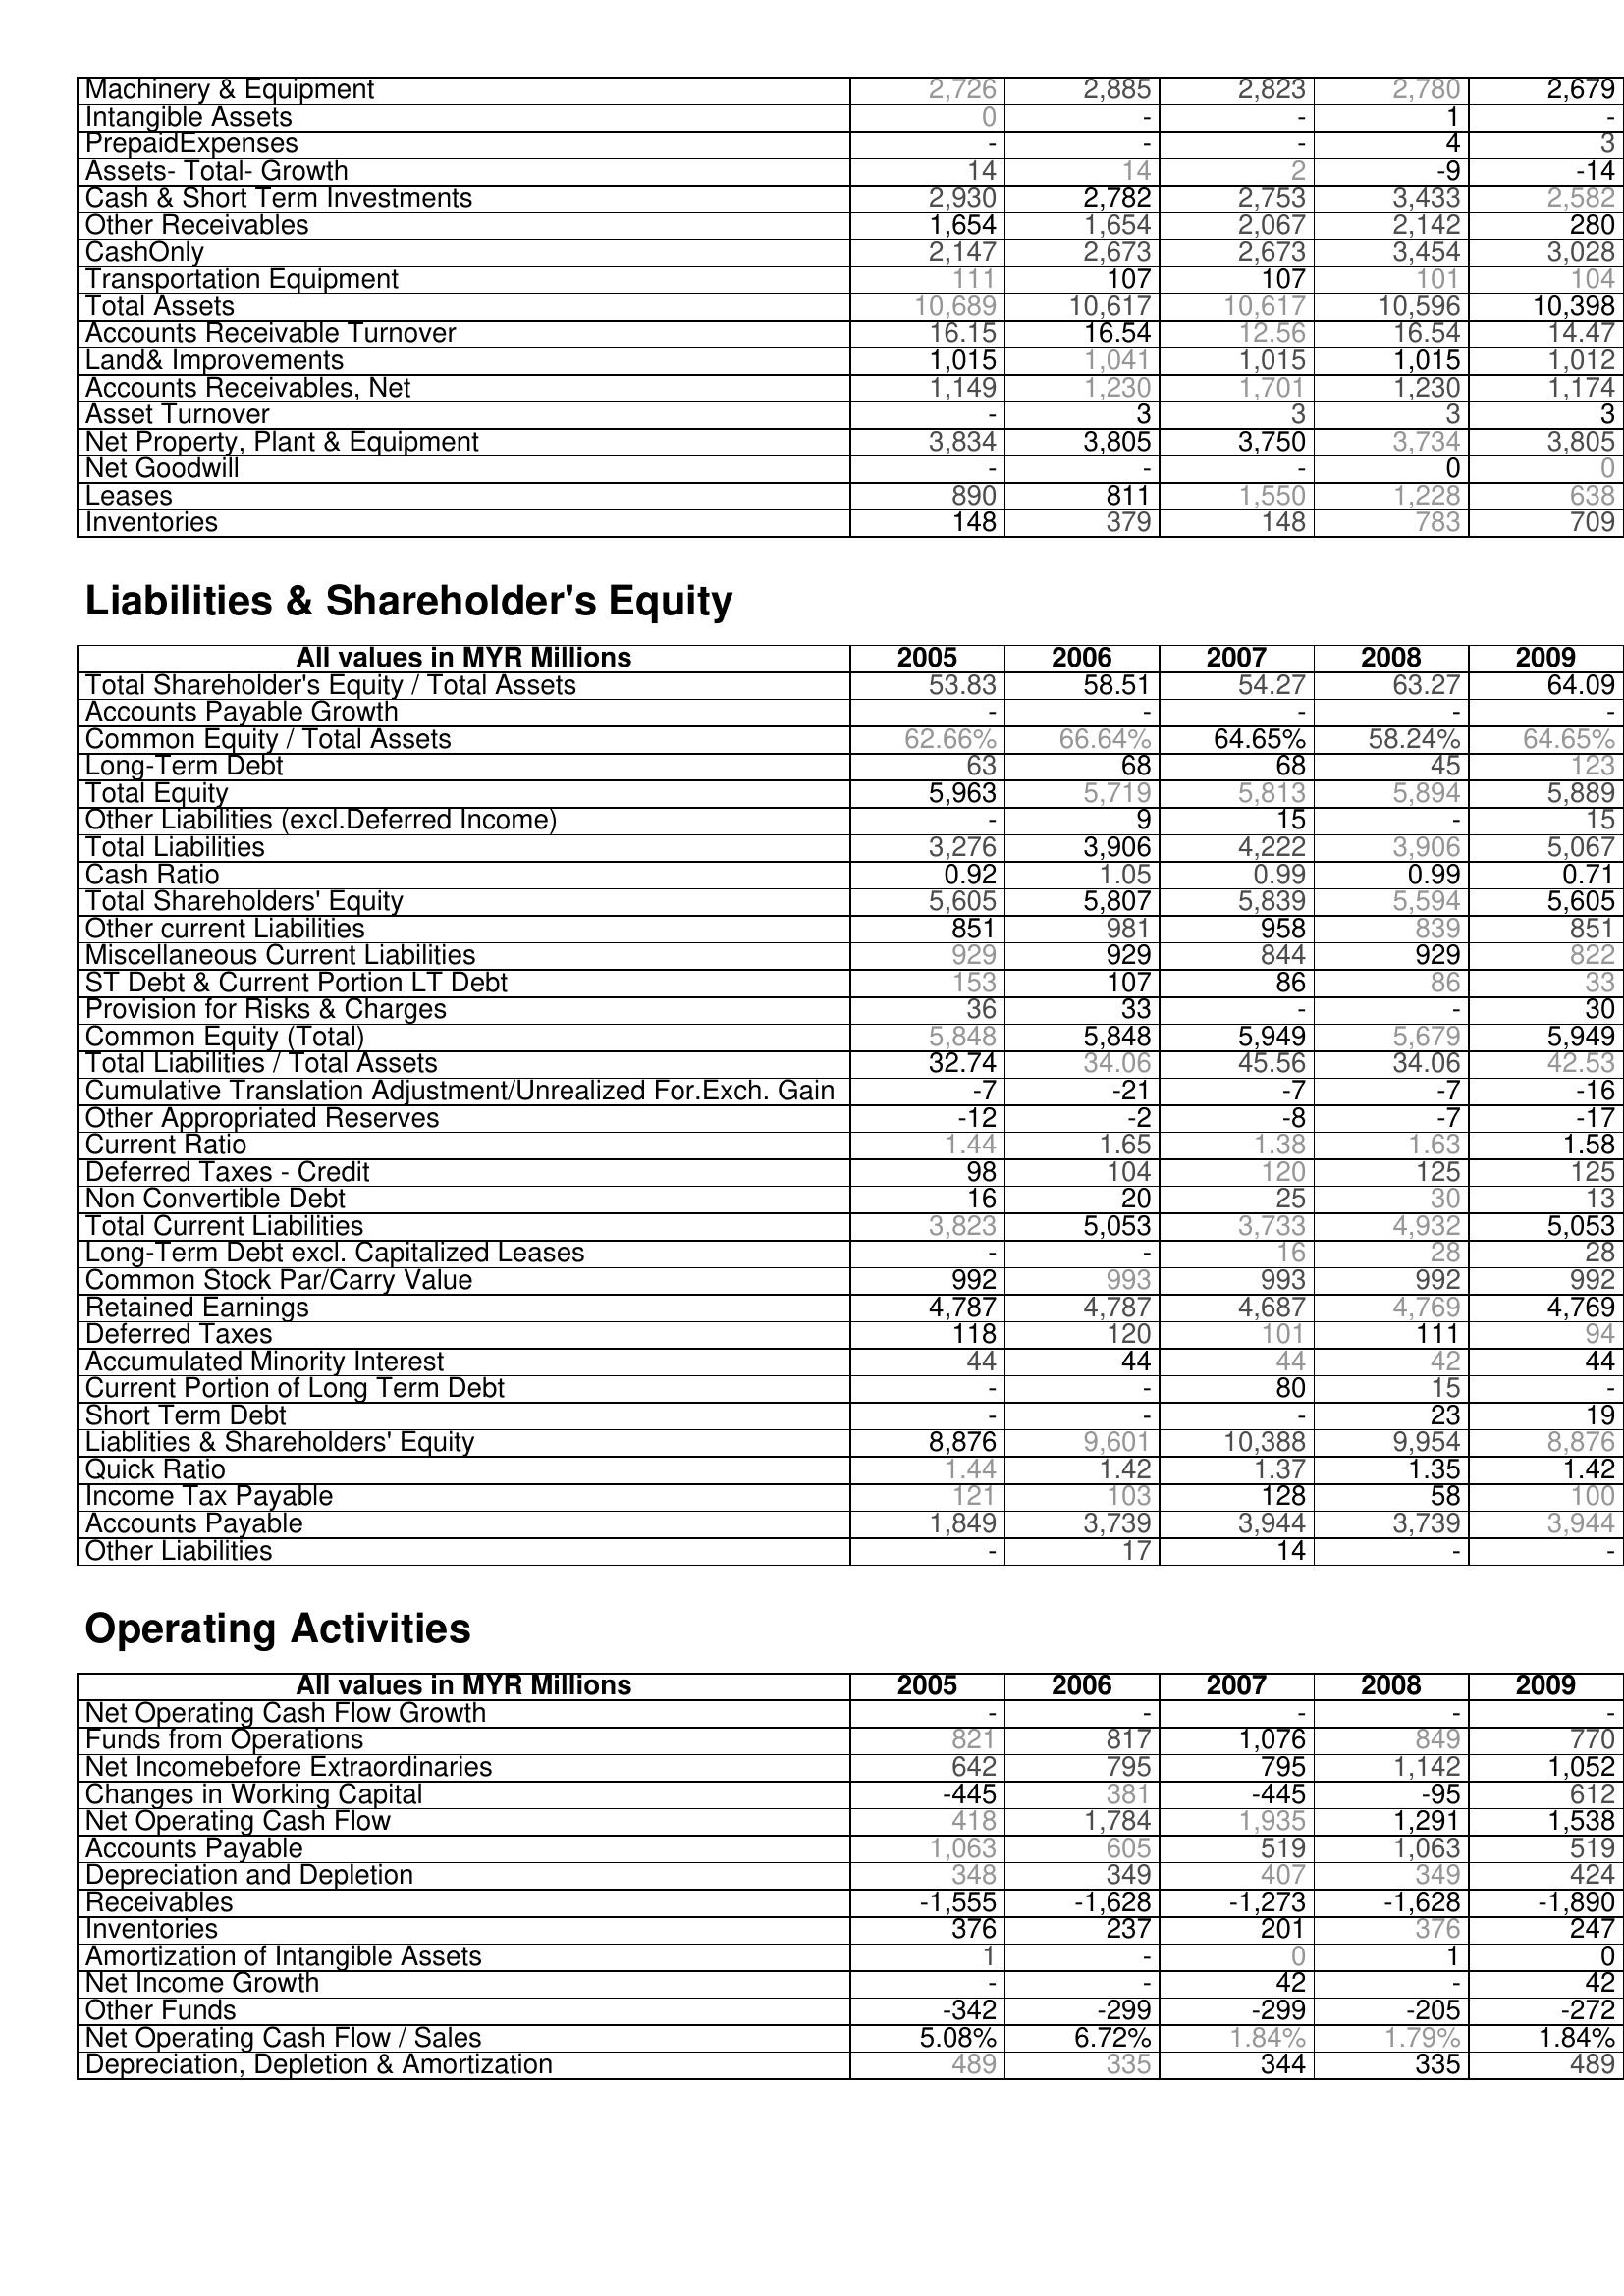
2005: Assets: Machinery & Equipment: 2,726
Intangible Assets: 0
PrepaidExpenses: -
Assets- Total- Growth: 14
Cash & Short Term Investments: 2,930
Other Receivables: 1,654
CashOnly: 2,147
Transportation Equipment: 111
Total Assets: 10,689
Accounts Receivable Turnover: 16.15
Land& Improvements: 1,015
Accounts Receivables, Net: 1,149
Asset Turnover: -
Net Property, Plant & Equipment: 3,834
Net Goodwill: -
Leases: 890
Inventories: 148
Liabilities & Shareholder's Equity: Total Shareholder's Equity / Total Assets: 53.83
Accounts Payable Growth: -
Common Equity / Total Assets: 62.66%
Long-Term Debt: 63
Total Equity: 5,963
Other Liabilities (excl.Deferred Income): -
Total Liabilities: 3,276
Cash Ratio: 0.92
Total Shareholders' Equity: 5,605
Other current Liabilities: 851
Miscellaneous Current Liabilities: 929
ST Debt & Current Portion LT Debt: 153
Provision for Risks & Charges: 36
Common Equity (Total): 5,848
Total Liabilities / Total Assets: 32.74
Cumulative Translation Adjustment/Unrealized For.Exch. Gain: -7
Other Appropriated Reserves: -12
Current Ratio: 1.44
Deferred Taxes - Credit: 98
Non Convertible Debt: 16
Total Current Liabilities: 3,823
Long-Term Debt excl. Capitalized Leases: -
Common Stock Par/Carry Value: 992
Retained Earnings: 4,787
Deferred Taxes: 118
Accumulated Minority Interest: 44
Current Portion of Long Term Debt: -
Short Term Debt: -
Liablities & Shareholders' Equity: 8,876
Quick Ratio: 1.44
Income Tax Payable: 121
Accounts Payable: 1,849
Other Liabilities: -
Operating Activities: Net Operating Cash Flow Growth: -
Funds from Operations: 821
Net Incomebefore Extraordinaries: 642
Changes in Working Capital: -445
Net Operating Cash Flow: 418
Accounts Payable: 1,063
Depreciation and Depletion: 348
Receivables: -1,555
Inventories: 376
Amortization of Intangible Assets: 1
Net Income Growth: -
Other Funds: -342
Net Operating Cash Flow / Sales: 5.08%
Depreciation, Depletion & Amortization: 489
2006: Assets: Machinery & Equipment: 2,885
Intangible Assets: -
PrepaidExpenses: -
Assets- Total- Growth: 14
Cash & Short Term Investments: 2,782
Other Receivables: 1,654
CashOnly: 2,673
Transportation Equipment: 107
Total Assets: 10,617
Accounts Receivable Turnover: 16.54
Land& Improvements: 1,041
Accounts Receivables, Net: 1,230
Asset Turnover: 3
Net Property, Plant & Equipment: 3,805
Net Goodwill: -
Leases: 811
Inventories: 379
Liabilities & Shareholder's Equity: Total Shareholder's Equity / Total Assets: 58.51
Accounts Payable Growth: -
Common Equity / Total Assets: 66.64%
Long-Term Debt: 68
Total Equity: 5,719
Other Liabilities (excl.Deferred Income): 9
Total Liabilities: 3,906
Cash Ratio: 1.05
Total Shareholders' Equity: 5,807
Other current Liabilities: 981
Miscellaneous Current Liabilities: 929
ST Debt & Current Portion LT Debt: 107
Provision for Risks & Charges: 33
Common Equity (Total): 5,848
Total Liabilities / Total Assets: 34.06
Cumulative Translation Adjustment/Unrealized For.Exch. Gain: -21
Other Appropriated Reserves: -2
Current Ratio: 1.65
Deferred Taxes - Credit: 104
Non Convertible Debt: 20
Total Current Liabilities: 5,053
Long-Term Debt excl. Capitalized Leases: -
Common Stock Par/Carry Value: 993
Retained Earnings: 4,787
Deferred Taxes: 120
Accumulated Minority Interest: 44
Current Portion of Long Term Debt: -
Short Term Debt: -
Liablities & Shareholders' Equity: 9,601
Quick Ratio: 1.42
Income Tax Payable: 103
Accounts Payable: 3,739
Other Liabilities: 17
Operating Activities: Net Operating Cash Flow Growth: -
Funds from Operations: 817
Net Incomebefore Extraordinaries: 795
Changes in Working Capital: 381
Net Operating Cash Flow: 1,784
Accounts Payable: 605
Depreciation and Depletion: 349
Receivables: -1,628
Inventories: 237
Amortization of Intangible Assets: -
Net Income Growth: -
Other Funds: -299
Net Operating Cash Flow / Sales: 6.72%
Depreciation, Depletion & Amortization: 335
2007: Assets: Machinery & Equipment: 2,823
Intangible Assets: -
PrepaidExpenses: -
Assets- Total- Growth: 2
Cash & Short Term Investments: 2,753
Other Receivables: 2,067
CashOnly: 2,673
Transportation Equipment: 107
Total Assets: 10,617
Accounts Receivable Turnover: 12.56
Land& Improvements: 1,015
Accounts Receivables, Net: 1,701
Asset Turnover: 3
Net Property, Plant & Equipment: 3,750
Net Goodwill: -
Leases: 1,550
Inventories: 148
Liabilities & Shareholder's Equity: Total Shareholder's Equity / Total Assets: 54.27
Accounts Payable Growth: -
Common Equity / Total Assets: 64.65%
Long-Term Debt: 68
Total Equity: 5,813
Other Liabilities (excl.Deferred Income): 15
Total Liabilities: 4,222
Cash Ratio: 0.99
Total Shareholders' Equity: 5,839
Other current Liabilities: 958
Miscellaneous Current Liabilities: 844
ST Debt & Current Portion LT Debt: 86
Provision for Risks & Charges: -
Common Equity (Total): 5,949
Total Liabilities / Total Assets: 45.56
Cumulative Translation Adjustment/Unrealized For.Exch. Gain: -7
Other Appropriated Reserves: -8
Current Ratio: 1.38
Deferred Taxes - Credit: 120
Non Convertible Debt: 25
Total Current Liabilities: 3,733
Long-Term Debt excl. Capitalized Leases: 16
Common Stock Par/Carry Value: 993
Retained Earnings: 4,687
Deferred Taxes: 101
Accumulated Minority Interest: 44
Current Portion of Long Term Debt: 80
Short Term Debt: -
Liablities & Shareholders' Equity: 10,388
Quick Ratio: 1.37
Income Tax Payable: 128
Accounts Payable: 3,944
Other Liabilities: 14
Operating Activities: Net Operating Cash Flow Growth: -
Funds from Operations: 1,076
Net Incomebefore Extraordinaries: 795
Changes in Working Capital: -445
Net Operating Cash Flow: 1,935
Accounts Payable: 519
Depreciation and Depletion: 407
Receivables: -1,273
Inventories: 201
Amortization of Intangible Assets: 0
Net Income Growth: 42
Other Funds: -299
Net Operating Cash Flow / Sales: 1.84%
Depreciation, Depletion & Amortization: 344
2008: Assets: Machinery & Equipment: 2,780
Intangible Assets: 1
PrepaidExpenses: 4
Assets- Total- Growth: -9
Cash & Short Term Investments: 3,433
Other Receivables: 2,142
CashOnly: 3,454
Transportation Equipment: 101
Total Assets: 10,596
Accounts Receivable Turnover: 16.54
Land& Improvements: 1,015
Accounts Receivables, Net: 1,230
Asset Turnover: 3
Net Property, Plant & Equipment: 3,734
Net Goodwill: 0
Leases: 1,228
Inventories: 783
Liabilities & Shareholder's Equity: Total Shareholder's Equity / Total Assets: 63.27
Accounts Payable Growth: -
Common Equity / Total Assets: 58.24%
Long-Term Debt: 45
Total Equity: 5,894
Other Liabilities (excl.Deferred Income): -
Total Liabilities: 3,906
Cash Ratio: 0.99
Total Shareholders' Equity: 5,594
Other current Liabilities: 839
Miscellaneous Current Liabilities: 929
ST Debt & Current Portion LT Debt: 86
Provision for Risks & Charges: -
Common Equity (Total): 5,679
Total Liabilities / Total Assets: 34.06
Cumulative Translation Adjustment/Unrealized For.Exch. Gain: -7
Other Appropriated Reserves: -7
Current Ratio: 1.63
Deferred Taxes - Credit: 125
Non Convertible Debt: 30
Total Current Liabilities: 4,932
Long-Term Debt excl. Capitalized Leases: 28
Common Stock Par/Carry Value: 992
Retained Earnings: 4,769
Deferred Taxes: 111
Accumulated Minority Interest: 42
Current Portion of Long Term Debt: 15
Short Term Debt: 23
Liablities & Shareholders' Equity: 9,954
Quick Ratio: 1.35
Income Tax Payable: 58
Accounts Payable: 3,739
Other Liabilities: -
Operating Activities: Net Operating Cash Flow Growth: -
Funds from Operations: 849
Net Incomebefore Extraordinaries: 1,142
Changes in Working Capital: -95
Net Operating Cash Flow: 1,291
Accounts Payable: 1,063
Depreciation and Depletion: 349
Receivables: -1,628
Inventories: 376
Amortization of Intangible Assets: 1
Net Income Growth: -
Other Funds: -205
Net Operating Cash Flow / Sales: 1.79%
Depreciation, Depletion & Amortization: 335
2009: Assets: Machinery & Equipment: 2,679
Intangible Assets: -
PrepaidExpenses: 3
Assets- Total- Growth: -14
Cash & Short Term Investments: 2,582
Other Receivables: 280
CashOnly: 3,028
Transportation Equipment: 104
Total Assets: 10,398
Accounts Receivable Turnover: 14.47
Land& Improvements: 1,012
Accounts Receivables, Net: 1,174
Asset Turnover: 3
Net Property, Plant & Equipment: 3,805
Net Goodwill: 0
Leases: 638
Inventories: 709
Liabilities & Shareholder's Equity: Total Shareholder's Equity / Total Assets: 64.09
Accounts Payable Growth: -
Common Equity / Total Assets: 64.65%
Long-Term Debt: 123
Total Equity: 5,889
Other Liabilities (excl.Deferred Income): 15
Total Liabilities: 5,067
Cash Ratio: 0.71
Total Shareholders' Equity: 5,605
Other current Liabilities: 851
Miscellaneous Current Liabilities: 822
ST Debt & Current Portion LT Debt: 33
Provision for Risks & Charges: 30
Common Equity (Total): 5,949
Total Liabilities / Total Assets: 42.53
Cumulative Translation Adjustment/Unrealized For.Exch. Gain: -16
Other Appropriated Reserves: -17
Current Ratio: 1.58
Deferred Taxes - Credit: 125
Non Convertible Debt: 13
Total Current Liabilities: 5,053
Long-Term Debt excl. Capitalized Leases: 28
Common Stock Par/Carry Value: 992
Retained Earnings: 4,769
Deferred Taxes: 94
Accumulated Minority Interest: 44
Current Portion of Long Term Debt: -
Short Term Debt: 19
Liablities & Shareholders' Equity: 8,876
Quick Ratio: 1.42
Income Tax Payable: 100
Accounts Payable: 3,944
Other Liabilities: -
Operating Activities: Net Operating Cash Flow Growth: -
Funds from Operations: 770
Net Incomebefore Extraordinaries: 1,052
Changes in Working Capital: 612
Net Operating Cash Flow: 1,538
Accounts Payable: 519
Depreciation and Depletion: 424
Receivables: -1,890
Inventories: 247
Amortization of Intangible Assets: 0
Net Income Growth: 42
Other Funds: -272
Net Operating Cash Flow / Sales: 1.84%
Depreciation, Depletion & Amortization: 489